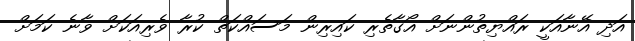
އަދި އޭނާއަކީ ރައްޔިތުންނަށް އޯގާތެރި ކައިރިން މަސައްކަތް ކުރާ ވެރިއަކަށް ވާނެ ކަމަށް